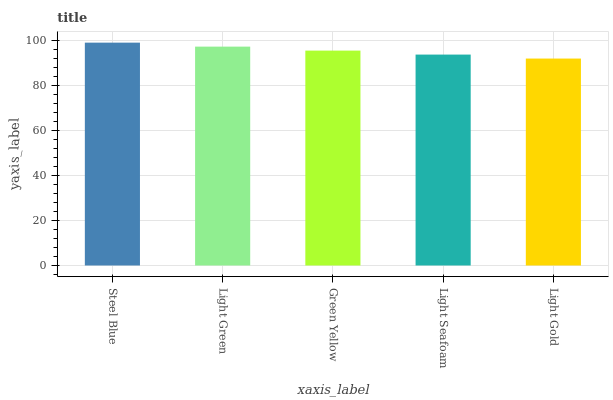
| xaxis_label | bars |
 | --- | --- |
 | Steel Blue | 99 |
 | Light Green | 97.2 |
 | Green Yellow | 95.5 |
 | Light Seafoam | 93.7 |
 | Light Gold | 91.9 |